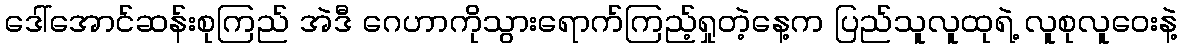
ဒေါ်အောင်ဆန်းစုကြည် အဲဒီ ဂေဟာကိုသွားရောက်ကြည့်ရှုတဲ့နေ့က ပြည်သူလူထုရဲ့ လူစုလူဝေးနဲ့